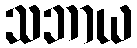
သဘာယ